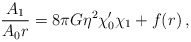
\begin{align*}{A_1 \over A_0r} = 8\pi G\eta^2\chi_0'\chi_1 + f(r)\,,\end{align*}